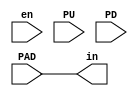
// This program was cloned from: https://github.com/habibagamal/SoC_Automation
// License: GNU General Public License v2.0

module di(in, en, PU, PD, PAD);
    output in;
    
    input PU;
    input PD;
    input en;

    input PAD;

    assign in = PAD;
endmodule